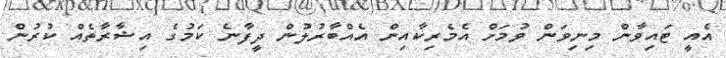
އެއީ ޓައިވާން މިނިވަން ވުމަށް އެމެރިކާއިން އެއްބާރުލުން ދީފާނެ ކަމުގެ އިޝާރާތެއް ކުރުން